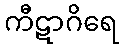
ကီဋာဂိရေ